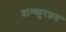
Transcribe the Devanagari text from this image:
ताश्कुरग़न